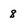
Character: 8